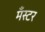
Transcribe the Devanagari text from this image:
मँस्टर